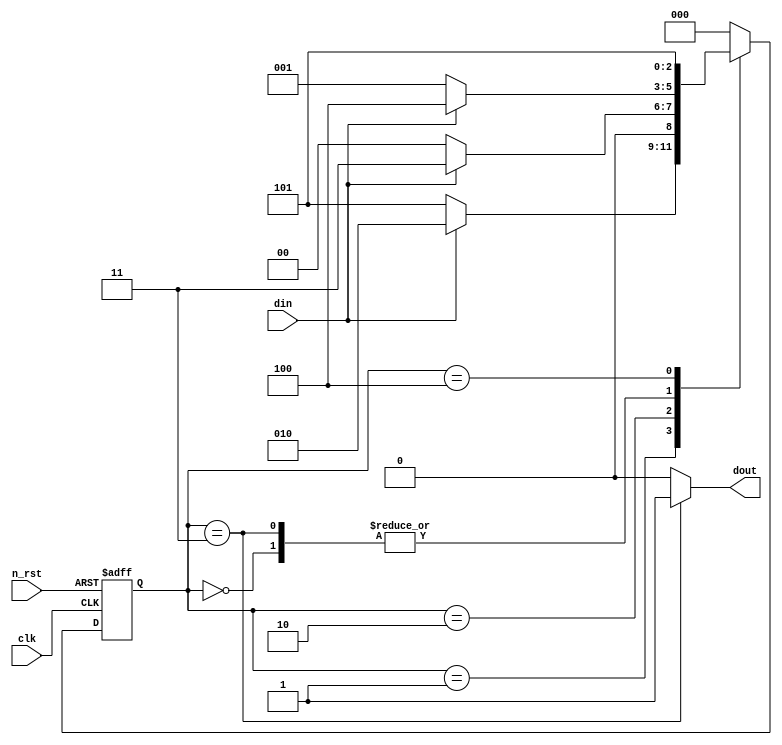
module det_011_reset_moore(
    clk,
    n_rst,
    din,
    dout
);

input clk;
input n_rst;
input din;
output dout;
reg dout;

parameter S_0 = 3'h0;
parameter S_1 = 3'h1;
parameter S_2 = 3'h2;
parameter S_3 = 3'h3;
parameter S_4 = 3'h4;
parameter S_5 = 3'h5;

reg [2:0] c_state, n_state;
always @(posedge clk or negedge n_rst)
    if(!n_rst)
        c_state <= S_0;
    else
        c_state <= n_state;

always @(c_state or din)
    case(c_state)
        S_0:begin
            n_state = (din == 1'h0) ? S_1 : S_4;
            dout = 1'h0;
        end

        S_1:begin
            n_state = (din == 1'h1) ? S_2 : S_5;
            dout = 1'h0;
        end

        S_2:begin
            n_state = (din == 1'h1) ? S_3 : S_0;
            dout = 1'h0;
        end

        S_3:begin
            n_state = (din == 1'h1) ?S_4 : S_1;
            dout = 1'b1;
        end

        S_4:begin
            n_state = S_5;
            dout = 1'h0;
        end

        S_5:begin
            n_state = S_0;
            dout = 1'h0;
        end

        default:begin
            n_state = S_0;
            dout = 1'h0;
        end
    endcase
endmodule